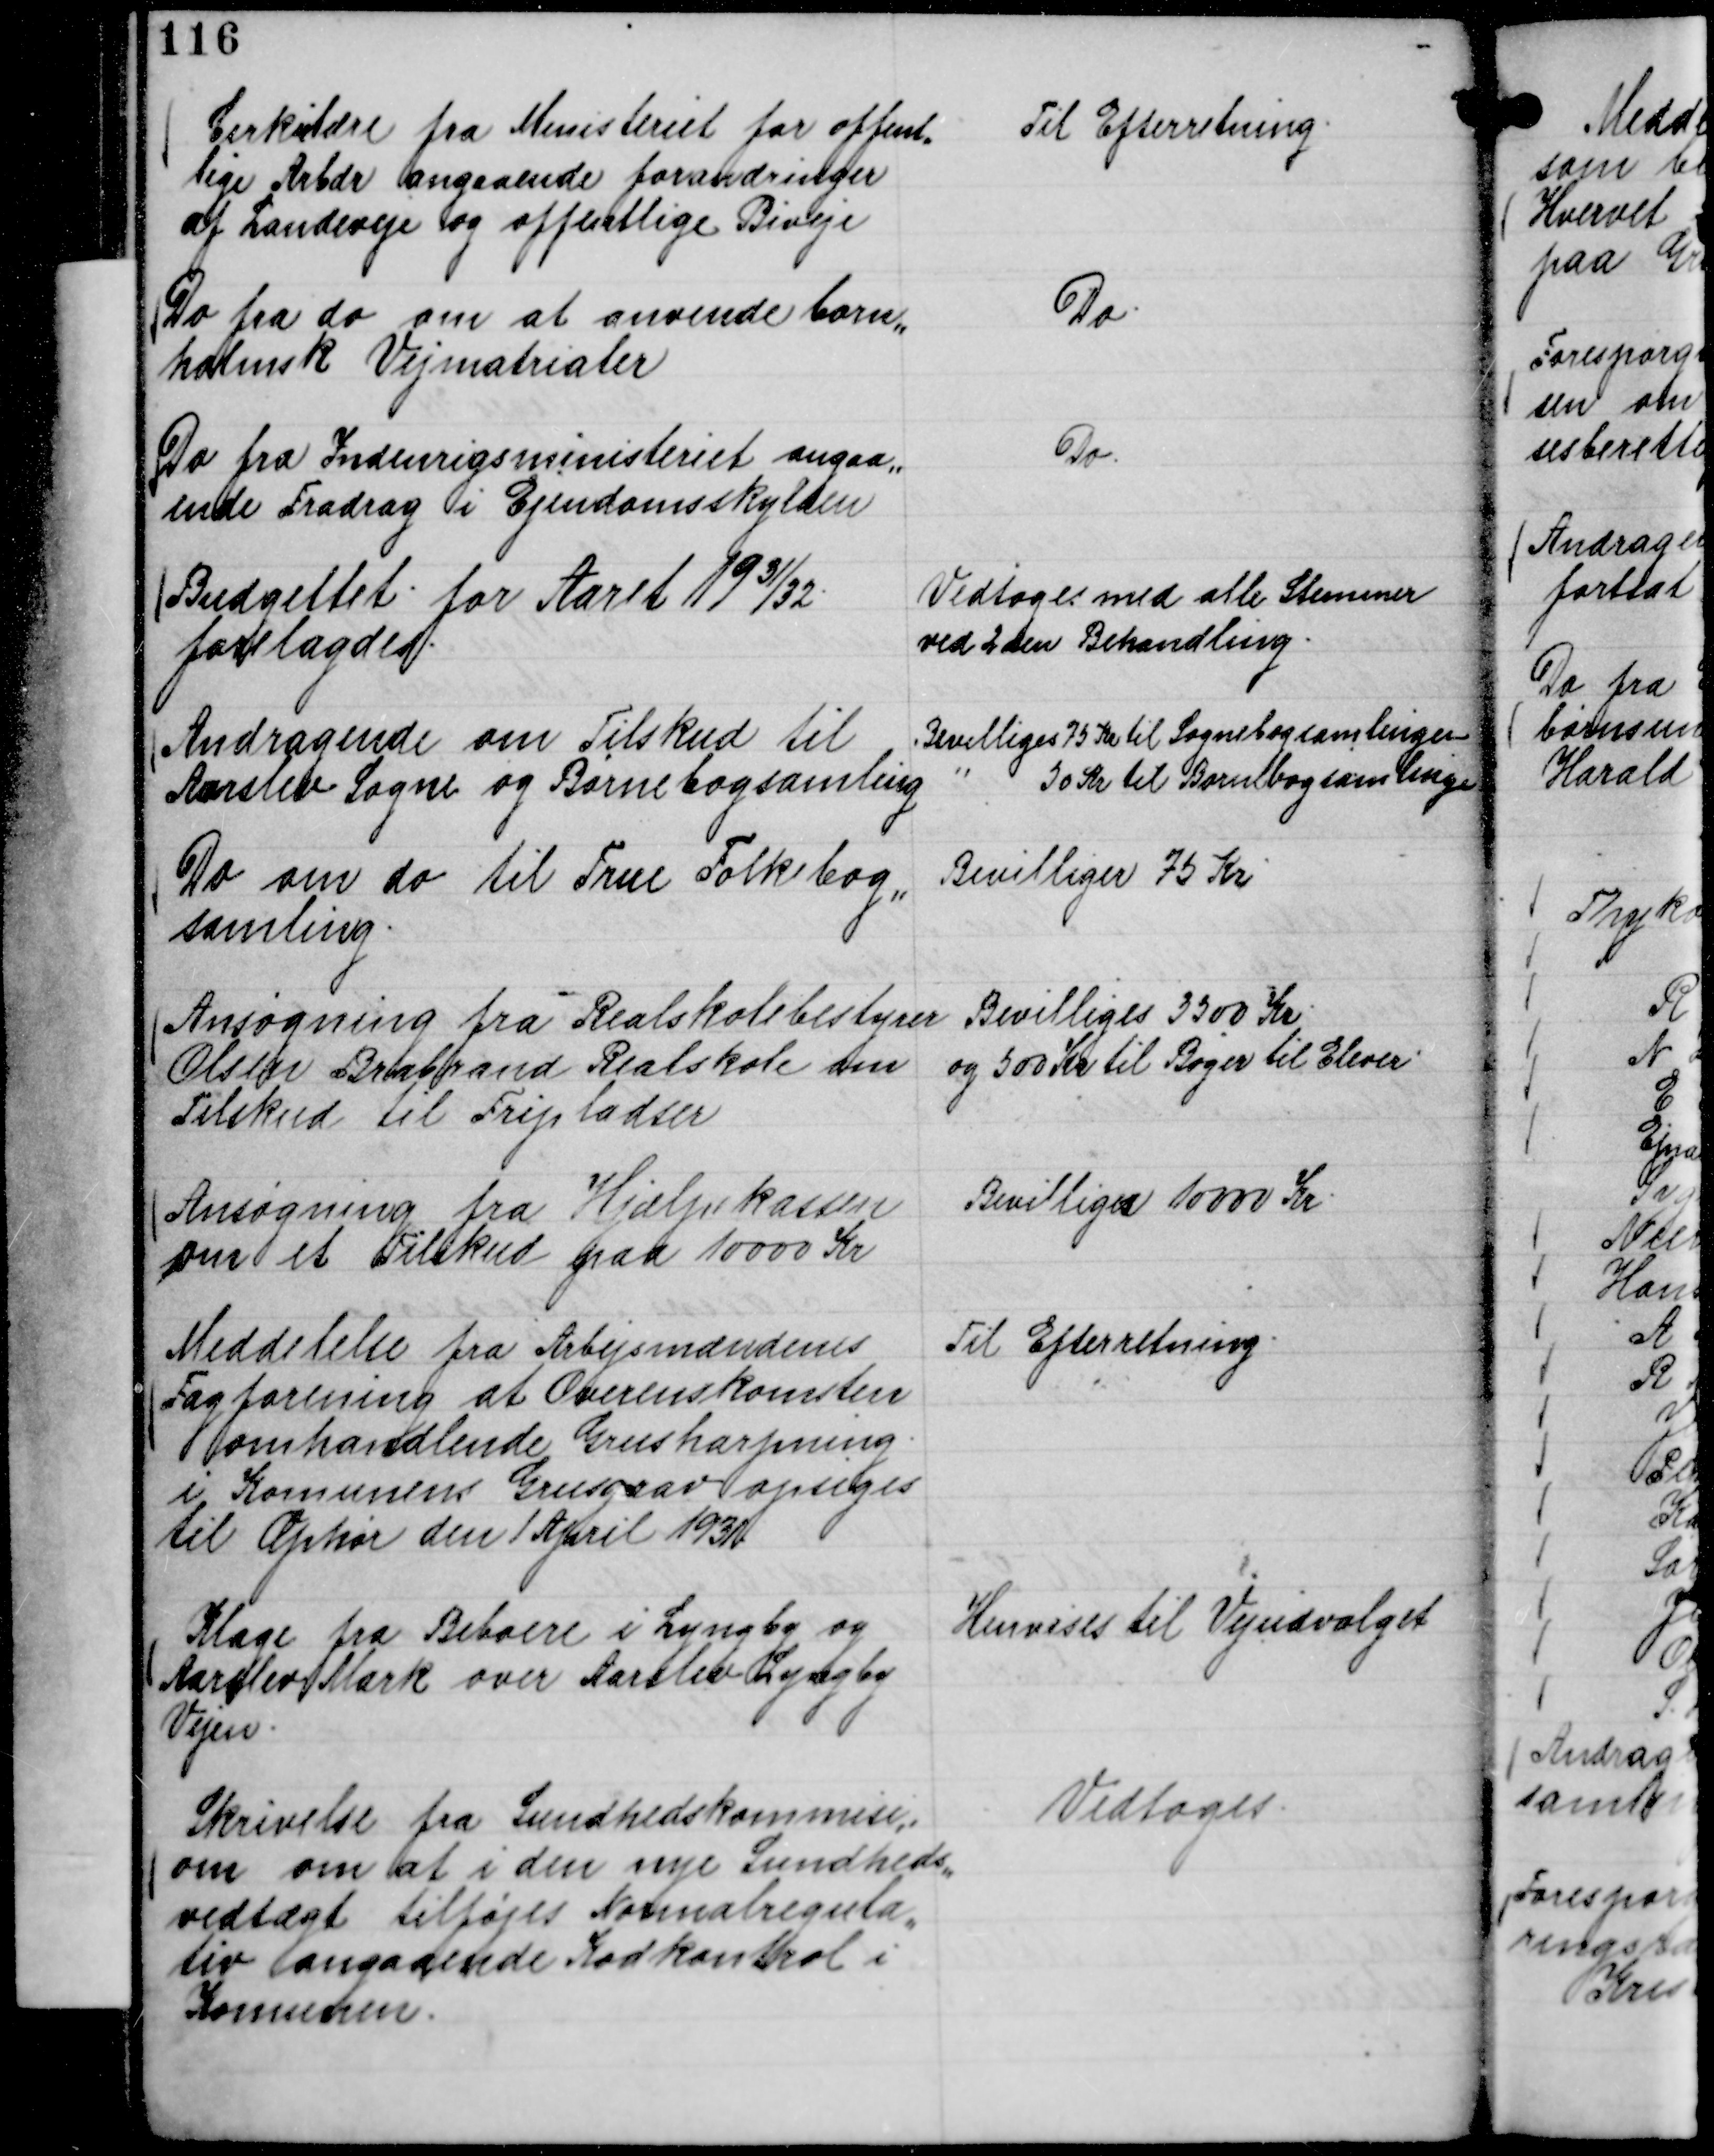
Transskription:
Cirkulære fra Ministeriet for offent,,
lige Arbdr angaaende forandringer
af Landeveje og offentlige Biveje

Til Efterretning.

Do fra do om at anvende born,,
holmsk Vejmatrialer

Do.

Do fra Indenrigsministeriet angaa,,
ende Fradrag i Ejendomsskylden

Do.

Budgettet for Aaret 19

31/32.
forelagdes.

Vedtoges med alle Stemmer
ved 2den Behandling.

Andragende om Tilskud til
Aarslev Sogne og Børnebogsamling

Bevilliges 75 Kr til Sognebogsamlingen

" 50 Kr til Børnebogsamlingen

Do om do til True Folkebog,,
samling.

Bevilliges 75 Kr

Ansøgning fra Realskolebestyrer
Olsen Brabrand Realskole om
Tilskud til Fripladser

Bevilliges 3500 Kr.
og 500 Kr til Bøger til Elever.

Ansøgning fra Hjælpekassen
om et Tilskud paa 10000 Kr

Bevilliges 10000 Kr.

Meddelelse fra Arbejsmændenes
Fagforening at Overenskomsten
omhandlende Grusharpning .
i Komunens Grusgrav opsiges
til Ophør den 1 April 1931.

Til Efterretning.

Klage fra Beboere i Lyngby og
Aarslev Mark over Aarslev-Lyngby
Vejen.

Henvises til Vejudvalget

Skrivelse fra Sundhedskommisi,,
om om at i den nye Sundheds,,
vedtægt tilføjes Normalregula,,
tiv angaaende Kødkontrol i
Komunen.

Vedtoges.